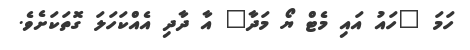
ހަމަ "ހައު އައި މެޓް ޔޯ މަދާ" އާ ދާދި އެއްކަހަލަ ގޮތަކަށެވެ.